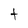
Character: t